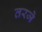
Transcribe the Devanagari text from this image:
तरजे